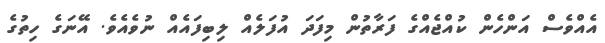
އެއްވެސް އަންހެން ކުއްޖެއްގެ ފަރާތުން މިފަދަ އުފަލެއް ލިބިފައެއް ނުވެއެވެ. އޭނަގެ ހިތުގެ